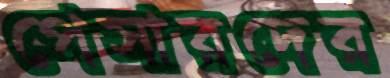
পেসারদের